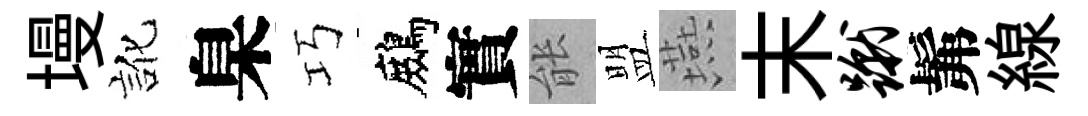
墁訛臬巧鷓實䏻盟燕末蹴髴線